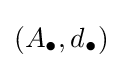
(A_{\bullet },d_{\bullet })